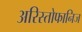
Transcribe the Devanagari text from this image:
अरिस्तोफानिज